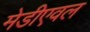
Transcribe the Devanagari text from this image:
मेडीएवल